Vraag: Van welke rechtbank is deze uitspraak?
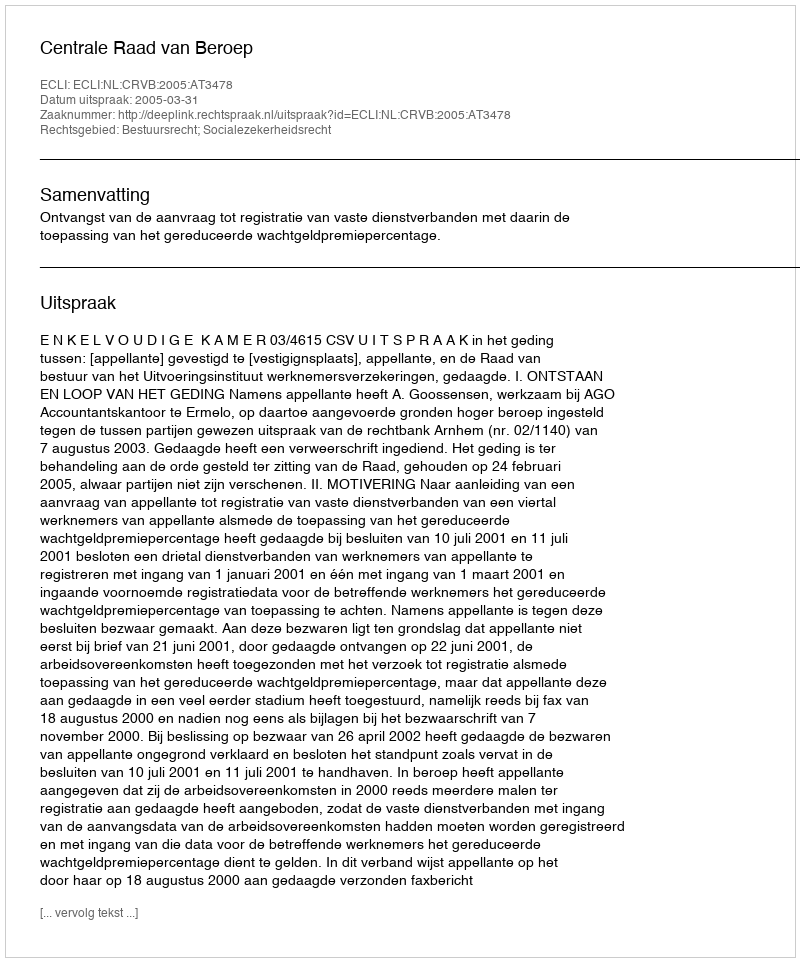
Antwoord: Centrale Raad van Beroep